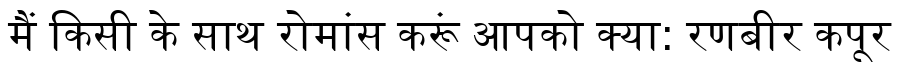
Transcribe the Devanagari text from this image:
मैं किसी के साथ रोमांस करूं आपको क्या: रणबीर कपूर